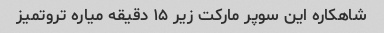
شاهکاره این سوپر مارکت زیر ۱۵ دقیقه میاره تروتمیز